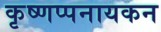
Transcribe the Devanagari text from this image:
कृष्णप्पनायकन